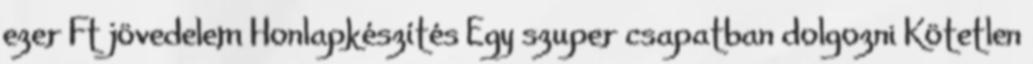
ezer Ft jövedelem Honlapkészítés Egy szuper csapatban dolgozni Kötetlen